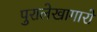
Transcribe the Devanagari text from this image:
पुरालेखागारों